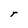
Character: r